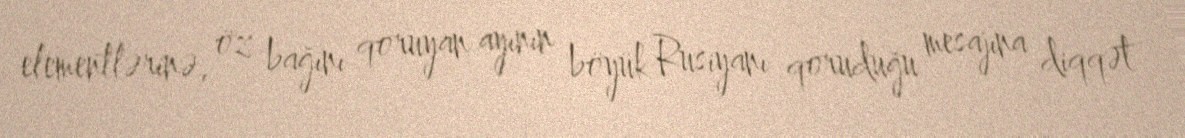
elementlərinə, öz bağını qoruyan ayının böyük Rusiyanı qoruduğu mesajına diqqət